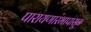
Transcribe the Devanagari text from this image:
पारायणारंभापासून